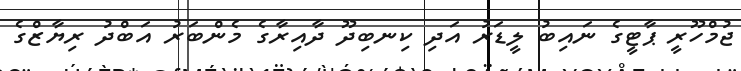
ޖުމްހޫރީ ޕާޓީގެ ނައިބު ލީޑަރު އަދި ކިނބިދޫ ދާއިރާގެ މެންބަރު އަބްދު ރިޔާޒްގެ